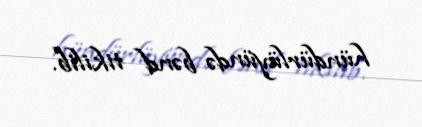
hündürlüyündə bənd tikilib.